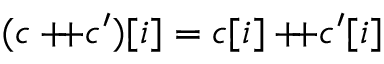
( c + \! \! \! + c ^ { \prime } ) [ i ] = c [ i ] + \! \! \! + c ^ { \prime } [ i ]